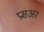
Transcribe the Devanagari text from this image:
प्रसअर